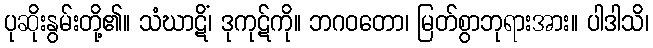
ပုဆိုးနွမ်းတို့၏။ သံဃာဋိံ၊ ဒုကုဋ်ကို။ ဘဂဝတော၊ မြတ်စွာဘုရားအား။ ပါဒါသိ၊